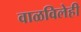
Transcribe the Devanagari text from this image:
वाळविलेही